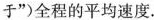
于”)全程的平均速度。